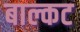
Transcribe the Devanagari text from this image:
बाल्कट